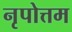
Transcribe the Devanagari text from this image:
नृपोत्तम